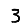
Digit: 3